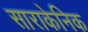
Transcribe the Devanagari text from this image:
साराकेनिक